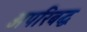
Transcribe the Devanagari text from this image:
अपरिबद्ध